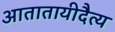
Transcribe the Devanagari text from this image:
आतातायीदैत्य